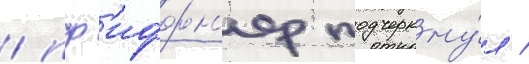
/ пф'иффн'ер подчеркну́л /